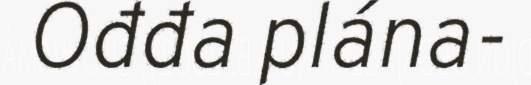
Ođđa plána-